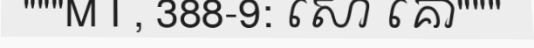
"""M I , 388-9: សោ គោ"""